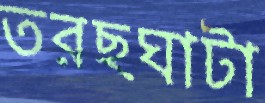
তরছঘাটা